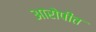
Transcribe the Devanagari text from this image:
आरोपींत